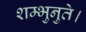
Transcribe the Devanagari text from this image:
शम्भुनुते।